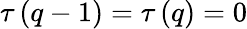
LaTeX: \tau\left(q-1\right)=\tau\left(q\right)=0